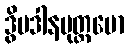
ဒွိပဒါနမုတ္တမော